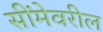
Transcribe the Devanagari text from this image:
सींमेवरील